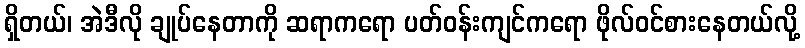
ရှိတယ်၊ အဲဒီလို ချုပ်နေတာကို ဆရာကရော ပတ်ဝန်းကျင်ကရော ဖိုလ်ဝင်စားနေတယ်လို့